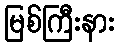
မြစ်ကြီးနား